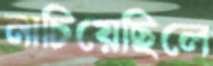
নাচিয়েছিলে